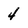
Character: 4